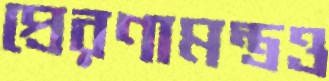
প্রেরণামন্ত্রও